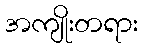
အကျိုးတရား